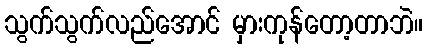
သွက်သွက်လည်အောင် မှားကုန်တော့တာဘဲ။